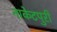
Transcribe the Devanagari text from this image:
नाकेटपुरी